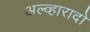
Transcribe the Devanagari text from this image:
अल्व्हारादो